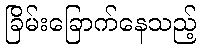
ခြိမ်းခြောက်နေသည့်